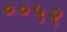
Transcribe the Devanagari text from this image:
००५२